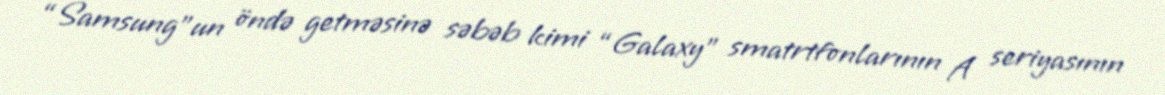
“Samsung”un öndə getməsinə səbəb kimi “Galaxy” smatrtfonlarının A seriyasının